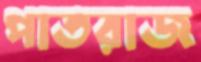
পাতরাজ